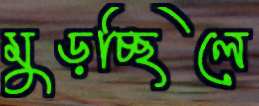
মুড়চ্ছিলে